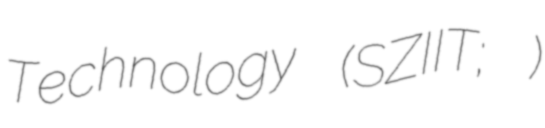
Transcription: Technology (SZIIT; 深圳信息职业技术学院)